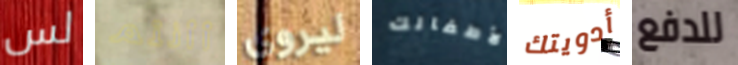
لس أأنتم ليروي لأطفالك أدويتك للدفع